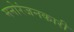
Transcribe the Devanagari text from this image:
मनोरंजनकारी